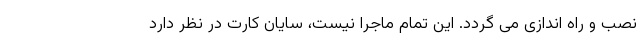
نصب و راه اندازی می گردد. این تمام ماجرا نیست، سایان کارت در نظر دارد